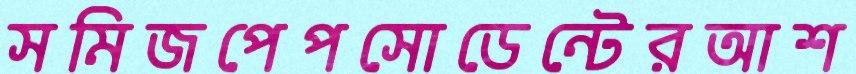
সমিজপেপসোডেন্টেরআশ